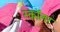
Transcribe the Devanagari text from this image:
स्काॅलर